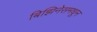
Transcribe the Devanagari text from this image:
बिझिनेसमधून